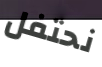
نحتفل